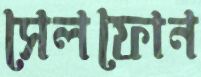
সেলফোন